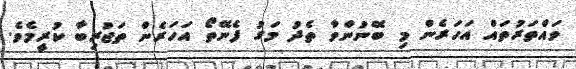
ވައްތަރުތައް އަހަރެން މި ބޭނުންވާ ތެދު މަގު ފެނޭތޯ އަހަރެން ތަޖުރިބާ ކުރީމެވެ.